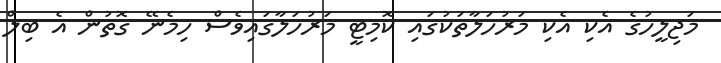
މަޖިލީހުގެ އެކި އެކި މަރުހަލާތަކުގައި ކޮމިޓީ މަރުހަލާގައިވެސް ހިމެނޭ ގޮތުން އެ ބިލް